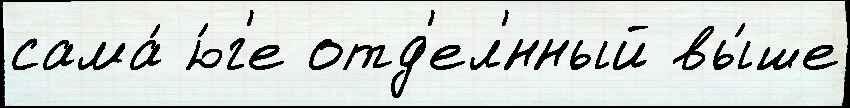
сама́ ю́г'е отд'ел'́нный вы́ше